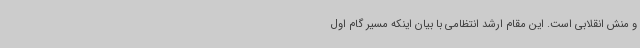
و منش انقلابی است. این مقام ارشد انتظامی با بیان اینکه مسیر گام اول